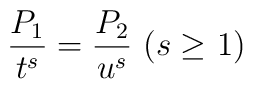
\frac{P_1}{t^s}=\frac{P_2}{u^s}\ \mbox{($s\geq$ 1)}